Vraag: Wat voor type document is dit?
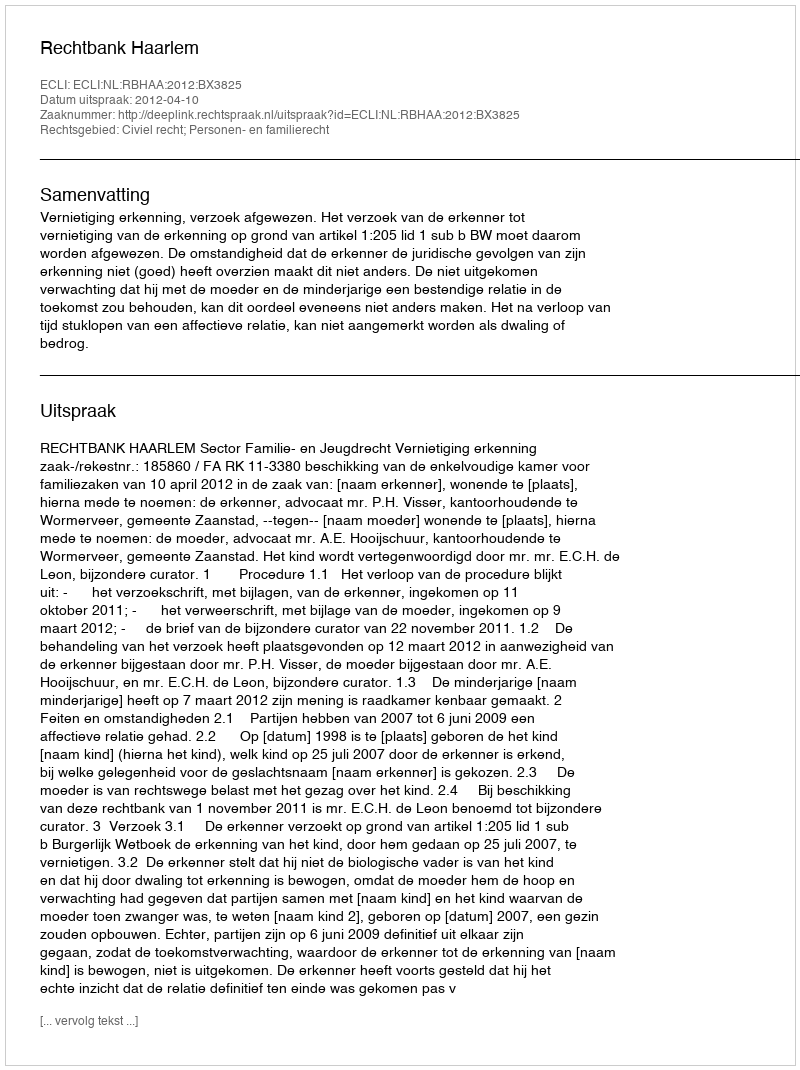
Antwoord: Uitspraak